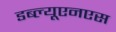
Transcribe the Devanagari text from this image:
डब्ल्यूएनएस